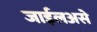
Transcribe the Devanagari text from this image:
जाईलअसे